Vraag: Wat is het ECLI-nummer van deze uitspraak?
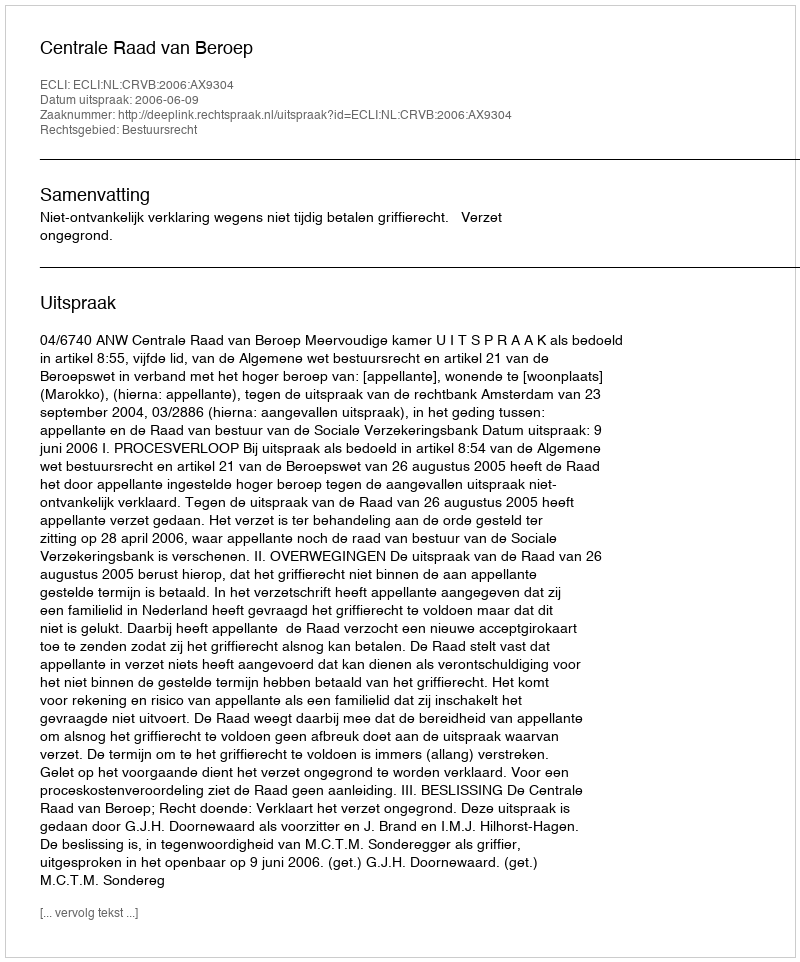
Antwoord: ECLI:NL:CRVB:2006:AX9304